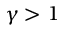
\gamma > 1